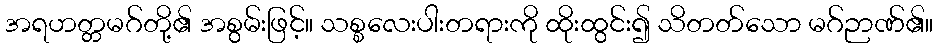
အရဟတ္တမဂ်တို့၏ အစွမ်းဖြင့်။ သစ္စလေးပါးတရားကို ထိုးထွင်း၍ သိတတ်သော မဂ်ဉာဏ်၏။